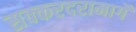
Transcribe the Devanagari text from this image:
सक्करदरामार्गे